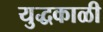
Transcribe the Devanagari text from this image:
युद्धकाळी